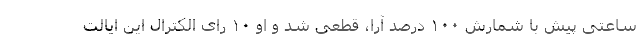
ساعتی پیش با شمارش ۱۰۰ درصد آرا، قطعی شد و او ۱۰ رای الکترال این ایالت